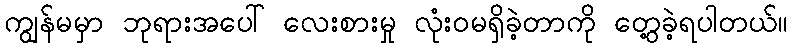
ကျွန်မမှာ ဘုရားအပေါ် လေးစားမှု လုံး၀မရှိခဲ့တာကို တွေ့ခဲ့ရပါတယ်။